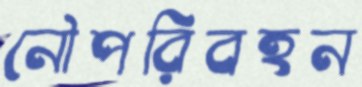
নৌপরিবহন